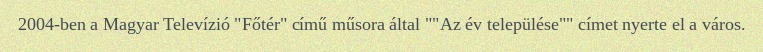
2004-ben a Magyar Televízió "Főtér" című műsora által ""Az év települése"" címet nyerte el a város.